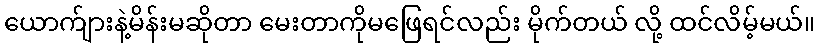
ယောက်ျားနဲ့မိန်းမဆိုတာ မေးတာကိုမဖြေရင်လည်း မိုက်တယ် လို့ ထင်လိမ့်မယ်။